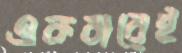
একবারেই